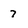
Character: 7